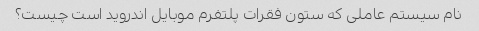
نام سیستم عاملی که ستون فقرات پلتفرم موبایل اندروید است چیست؟